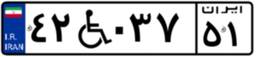
۴۷W۳۹۰۷۴